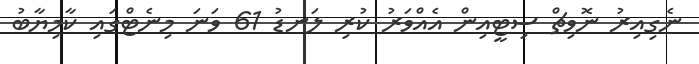
ނެގިއިރު ނޮވިޗް ސިޓީއިން އެއްވަރު ކުރި ލަނޑު 61 ވަނަ މިނެޓްގައި ކާމިޔާބު